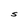
Character: S